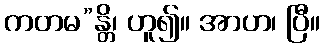
ကတမ”န္တိ၊ ဟူ၍။ အာဟ၊ ပြီ။